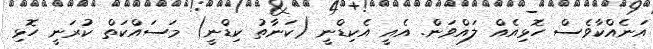
އަނެއްކާވެސް ހޮޅިއެއް ލައްވަން. އެއީ އެކިޑްނީ (ކަނާތު ކިޑްނީ) މަސައްކަތް ކުރަނީ ހޮޅި